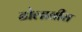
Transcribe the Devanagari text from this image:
ढोलावीरा